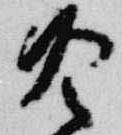
冷